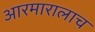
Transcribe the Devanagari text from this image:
आरमारालाच